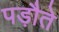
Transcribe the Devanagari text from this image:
पड़ौते